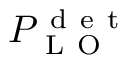
P _ { \mathrm { ~ L ~ O ~ } } ^ { \mathrm { ~ d ~ e ~ t ~ } }